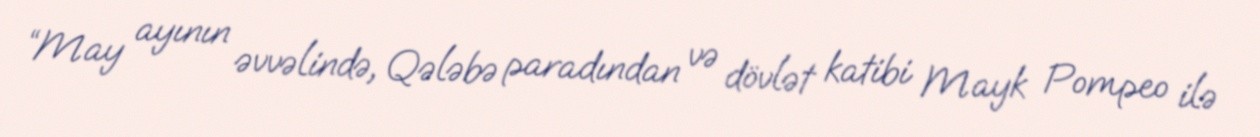
“May ayının əvvəlində, Qələbə paradından və dövlət katibi Mayk Pompeo ilə